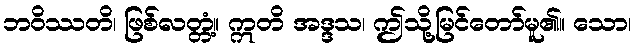
ဘဝိဿတိ၊ ဖြစ်လတ္တံ့။ ဣတိ အဒ္ဒသ၊ ဤသို့မြင်တော်မူ၏။ သော၊